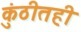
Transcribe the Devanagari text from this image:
कुंठीतही